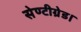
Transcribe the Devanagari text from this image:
सेण्टीग्रेड।